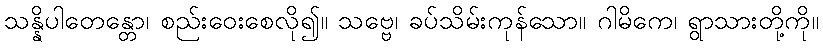
သန္နိပါတေန္တော၊ စည်းဝေးစေလို၍။ သဗ္ဗေ၊ ခပ်သိမ်းကုန်သော။ ဂါမိကေ၊ ရွာသားတို့ကို။